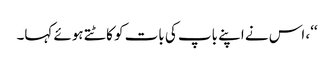
‘‘، اس نے اپنے باپ کی بات کو کاٹتے ہوئے کہا۔